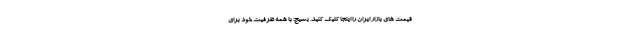
قیمت های بازار ایران را اینجا کلیک کنید. بسیج: با همه ظرفیت خود برای